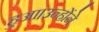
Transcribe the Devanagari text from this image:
हुआ।उन्होंने